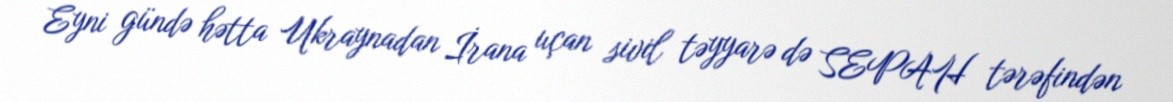
Eyni gündə hətta Ukraynadan İrana uçan sivil təyyarə də SEPAH tərəfindən